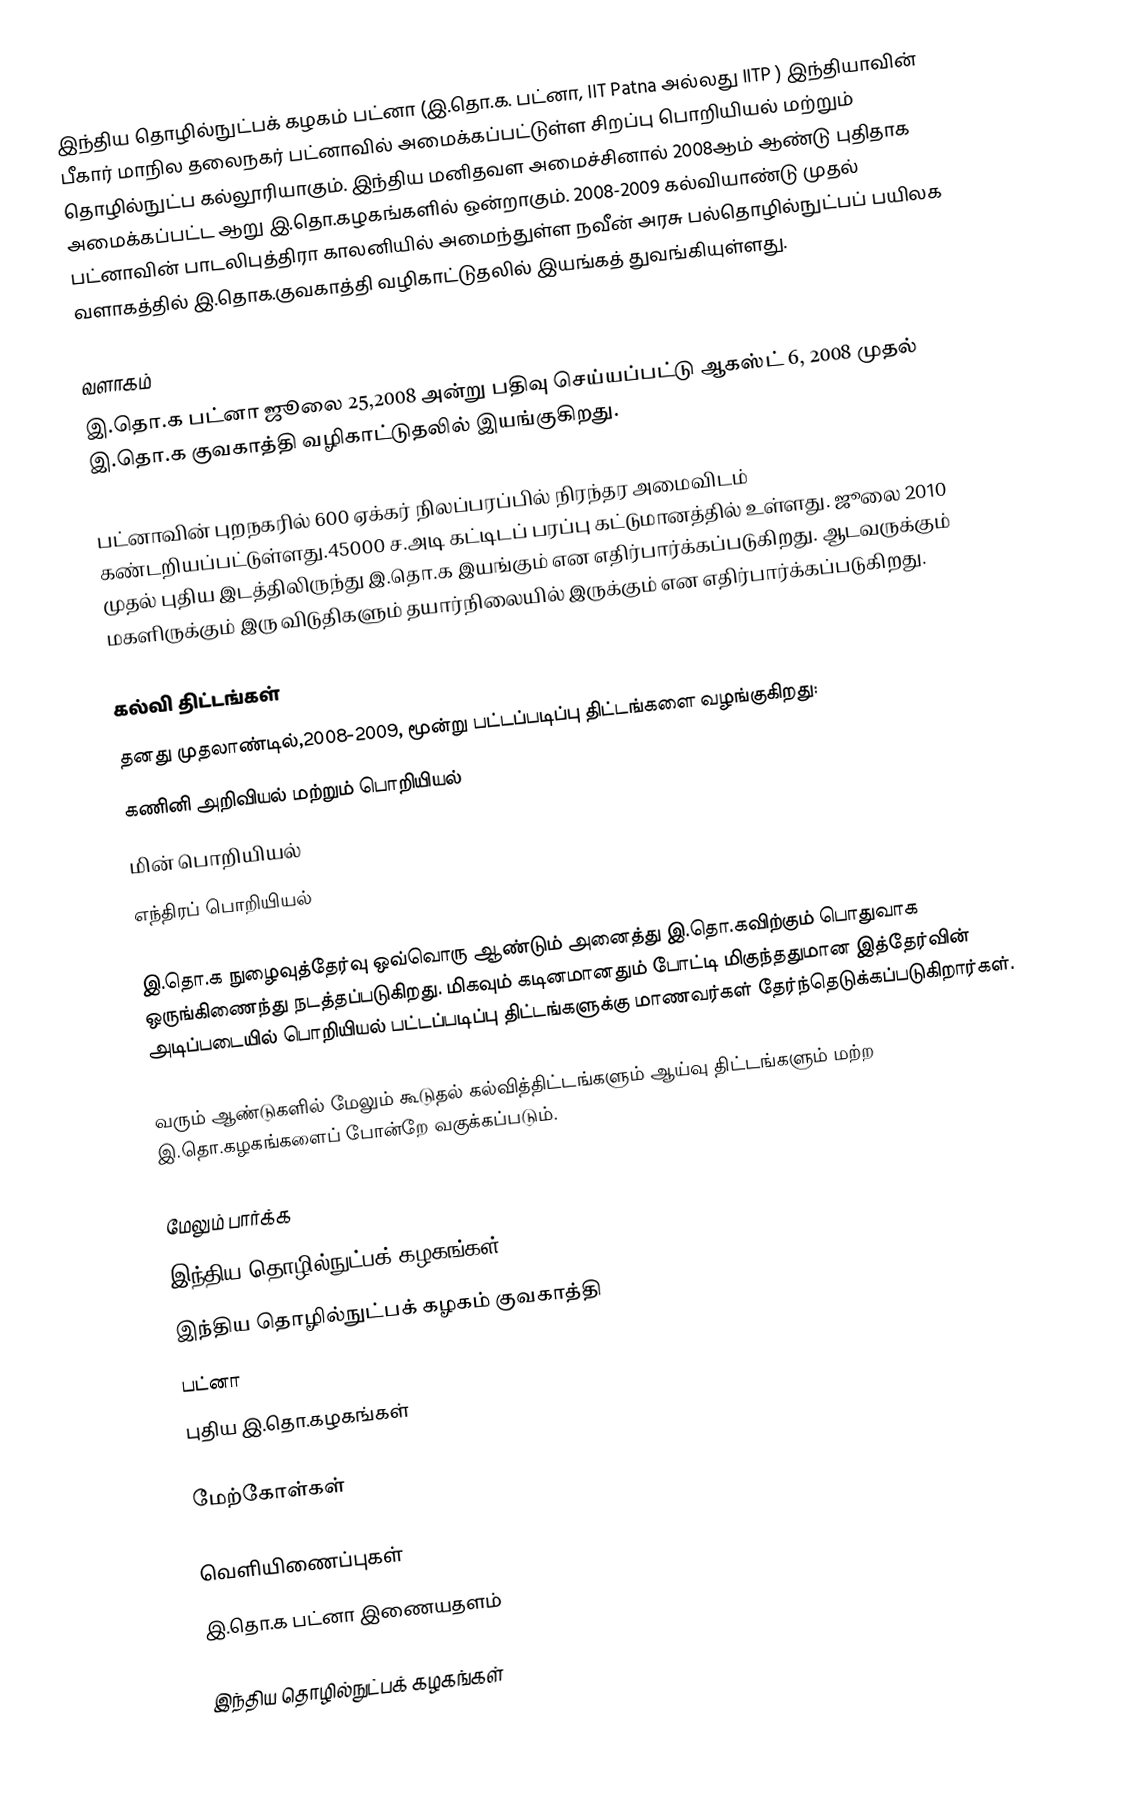
இந்திய தொழில்நுட்பக் கழகம் பட்னா (இ.தொ.க. பட்னா, IIT Patna அல்லது IITP ) இந்தியாவின் பீகார் மாநில தலைநகர் பட்னாவில் அமைக்கப்பட்டுள்ள சிறப்பு பொறியியல் மற்றும் தொழில்நுட்ப கல்லூரியாகும். இந்திய மனிதவள அமைச்சினால் 2008ஆம் ஆண்டு புதிதாக அமைக்கப்பட்ட ஆறு இ.தொ.கழகங்களில் ஒன்றாகும். 2008-2009 கல்வியாண்டு முதல்  பட்னாவின் பாடலிபுத்திரா காலனியில் அமைந்துள்ள நவீன் அரசு பல்தொழில்நுட்பப் பயிலக வளாகத்தில் இ.தொக.குவகாத்தி வழிகாட்டுதலில் இயங்கத் துவங்கியுள்ளது.

வளாகம்
இ.தொ.க பட்னா ஜூலை 25,2008 அன்று பதிவு செய்யப்பட்டு ஆகஸ்ட் 6, 2008 முதல் இ.தொ.க குவகாத்தி வழிகாட்டுதலில் இயங்குகிறது.

பட்னாவின் புறநகரில் 600 ஏக்கர் நிலப்பரப்பில் நிரந்தர அமைவிடம் கண்டறியப்பட்டுள்ளது.45000 ச.அடி கட்டிடப் பரப்பு கட்டுமானத்தில் உள்ளது. ஜூலை 2010 முதல் புதிய இடத்திலிருந்து இ.தொ.க இயங்கும் என எதிர்பார்க்கப்படுகிறது. ஆடவருக்கும் மகளிருக்கும் இரு விடுதிகளும் தயார்நிலையில் இருக்கும் என  எதிர்பார்க்கப்படுகிறது.

கல்வி திட்டங்கள்
தனது முதலாண்டில்,2008-2009, மூன்று பட்டப்படிப்பு திட்டங்களை வழங்குகிறது:
 கணினி அறிவியல் மற்றும் பொறியியல்
 மின் பொறியியல்
 எந்திரப் பொறியியல்

இ.தொ.க நுழைவுத்தேர்வு ஒவ்வொரு ஆண்டும் அனைத்து இ.தொ.கவிற்கும் பொதுவாக ஒருங்கிணைந்து நடத்தப்படுகிறது. மிகவும் கடினமானதும் போட்டி மிகுந்ததுமான இத்தேர்வின் அடிப்படையில் பொறியியல் பட்டப்படிப்பு திட்டங்களுக்கு மாணவர்கள் தேர்ந்தெடுக்கப்படுகிறார்கள்.

வரும் ஆண்டுகளில் மேலும் கூடுதல் கல்வித்திட்டங்களும் ஆய்வு திட்டங்களும் மற்ற இ.தொ.கழகங்களைப் போன்றே வகுக்கப்படும்.

மேலும் பார்க்க
இந்திய தொழில்நுட்பக் கழகங்கள்
இந்திய தொழில்நுட்பக் கழகம் குவகாத்தி
பட்னா
புதிய இ.தொ.கழகங்கள்

மேற்கோள்கள்

வெளியிணைப்புகள்
இ.தொ.க பட்னா இணையதளம்

இந்திய தொழில்நுட்பக் கழகங்கள்